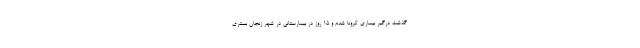
گذشت درگیر بیماری کرونا شدم و ۱۵ روز در بیمارستانی در شهر زنجان بستری